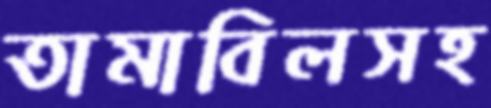
তামাবিলসহ